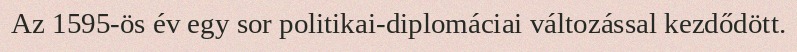
Az 1595-ös év egy sor politikai-diplomáciai változással kezdődött.